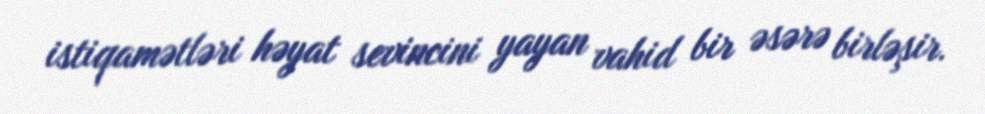
istiqamətləri həyat sevincini yayan vahid bir əsərə birləşir.